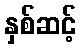
နှစ်ဆင့်